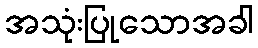
အသုံးပြုသောအခါ